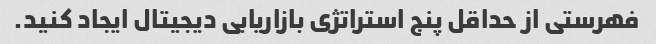
فهرستی از حداقل پنج استراتژی بازاریابی دیجیتال ایجاد کنید.